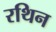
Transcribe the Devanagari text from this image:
रथिन